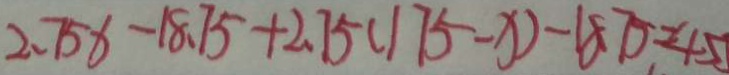
2 . 7 5 x - 1 8 . 7 5 + 2 . 7 5 ( 1 7 5 - x ) - 1 8 . 7 5 = 4 5 5